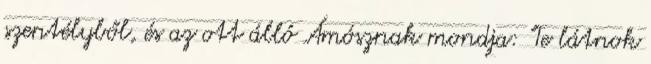
szentélyből, és az ott álló Ámósznak mondja: "Te látnok